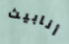
أنابيث